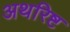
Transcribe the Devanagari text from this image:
अथरिष्ट